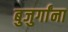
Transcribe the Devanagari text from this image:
बुजुर्गांना